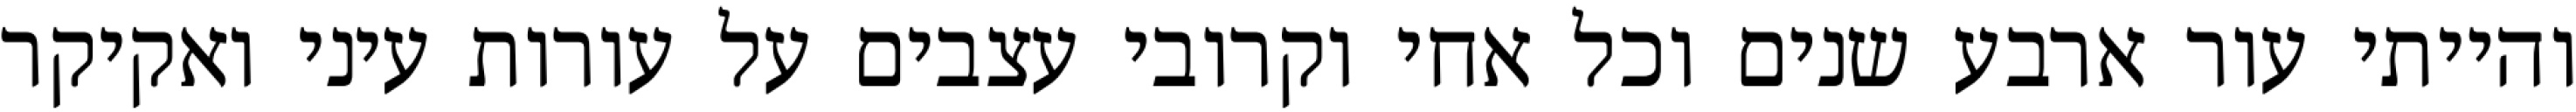
והייתי עור ארבע שנים וכל אחי וקרובי עצבים על עורות עיני ואקיקר